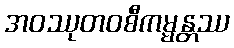
အဝဿုတဝစီကမ္မန္တဿ